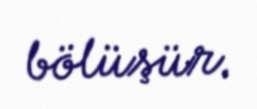
bölüşür.